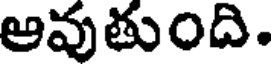
ఆవుతుంది.